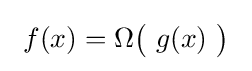
~f(x)=\Omega {\bigl (}\ g(x)\ {\bigr )}~